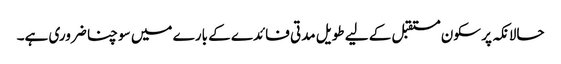
حالانکہ پر سکون مستقبل کے لیے طویل مدتی فائدے کے بارے میں سوچنا ضروری ہے۔